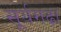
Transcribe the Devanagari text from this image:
सूर्यगढ़ा